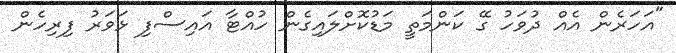
"އަހަރެން އެއް ދުވަހު ގޭ ކަންމަތީ މަޑުކޮށްލައިގެން ހުއްޓާ އައިސްފި ޅަވަރު ފިރިހެން